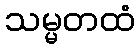
သမ္မတထံ